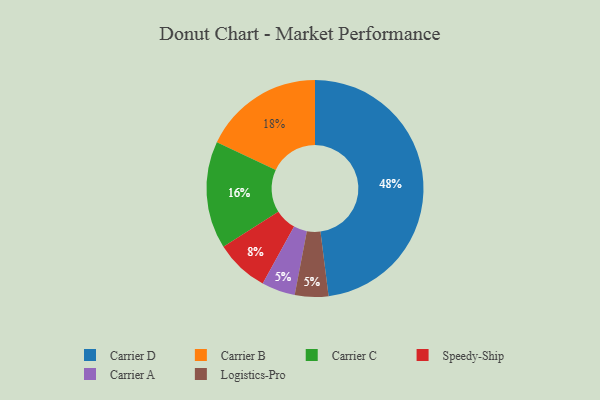
{"axis": {"x": "Category", "y": "Percentage"}, "legend": ["Carrier A", "Carrier B", "Carrier C", "Carrier D", "Logistics-Pro", "Speedy-Ship"], "data": [{"x": "Speedy-Ship", "y": 8, "type": "Speedy-Ship"}, {"x": "Carrier A", "y": 5, "type": "Carrier A"}, {"x": "Carrier B", "y": 18, "type": "Carrier B"}, {"x": "Logistics-Pro", "y": 5, "type": "Logistics-Pro"}, {"x": "Carrier D", "y": 48, "type": "Carrier D"}, {"x": "Carrier C", "y": 16, "type": "Carrier C"}]}